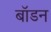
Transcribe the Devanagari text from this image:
बॉडन